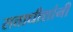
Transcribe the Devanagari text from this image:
सत्ताधीशांनी